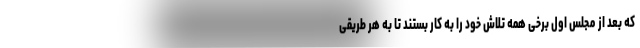
که بعد از مجلس اول برخی همه تلاش خود را به کار بستند تا به هر طریقی